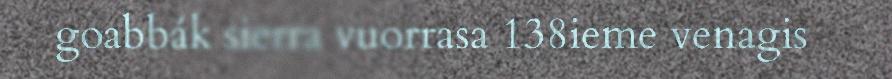
goabbák sierra vuorrasa 138ieme venagis